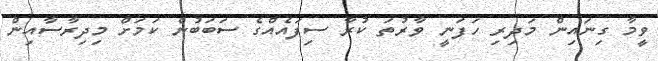
ވީމާ ގިނައިން މަދިރި ހަފަނީ ވާރުތަ ކުރާ ސިފައެއްގެ ސަބަބުން ކަމަށް މިދިރާސާއިން